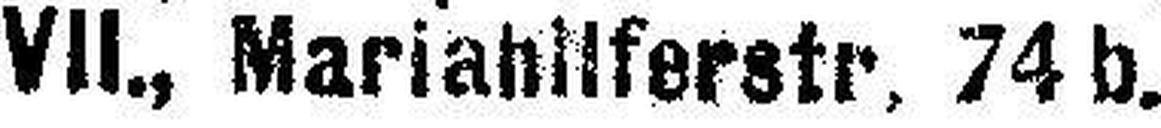
VII., Mariahllferstr, 74 b.